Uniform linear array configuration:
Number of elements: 4
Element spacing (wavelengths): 0.5
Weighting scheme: blackman
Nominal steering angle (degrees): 15
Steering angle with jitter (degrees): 16.742
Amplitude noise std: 0.05
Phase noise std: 0.05

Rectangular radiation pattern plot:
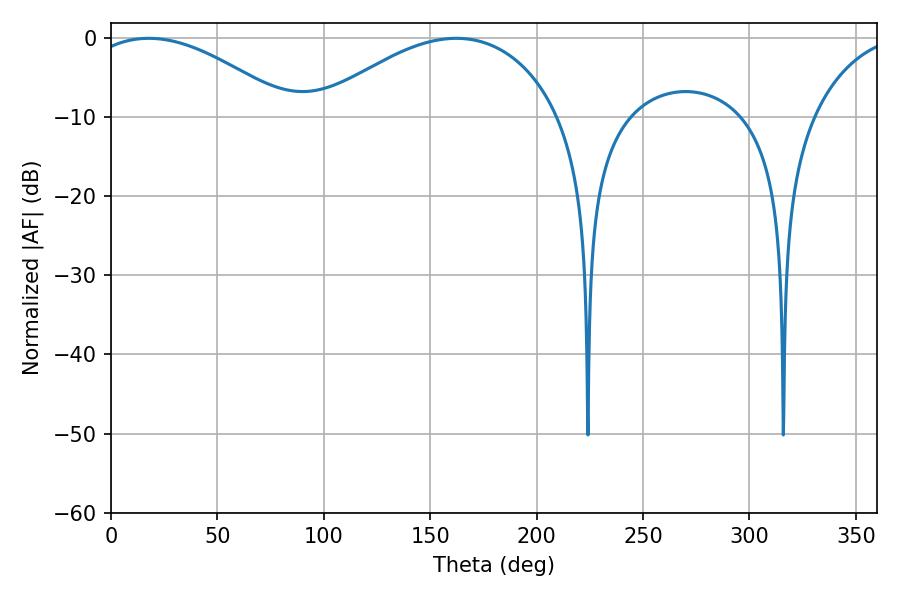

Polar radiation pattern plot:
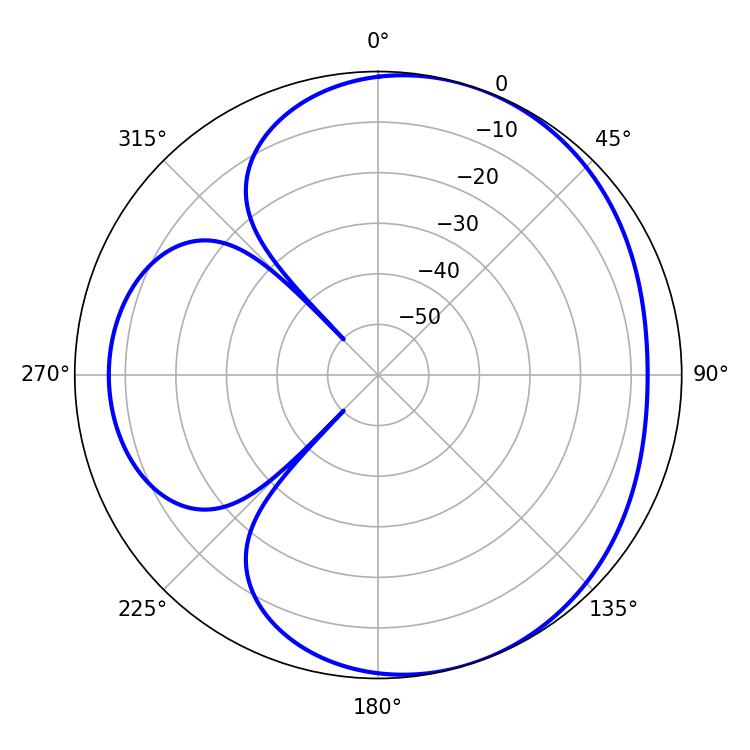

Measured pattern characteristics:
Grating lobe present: FALSE
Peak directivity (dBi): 4.372
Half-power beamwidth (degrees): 64.62
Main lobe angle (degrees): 162.18